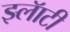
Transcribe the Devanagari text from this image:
झ्लॅाटी